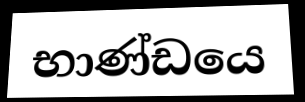
භාණ්ඩයෙ